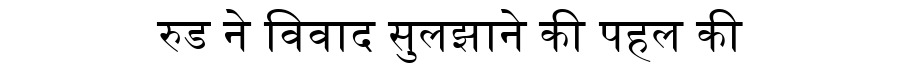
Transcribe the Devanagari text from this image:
रुड ने विवाद सुलझाने की पहल की